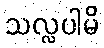
သလ္လပါမိ